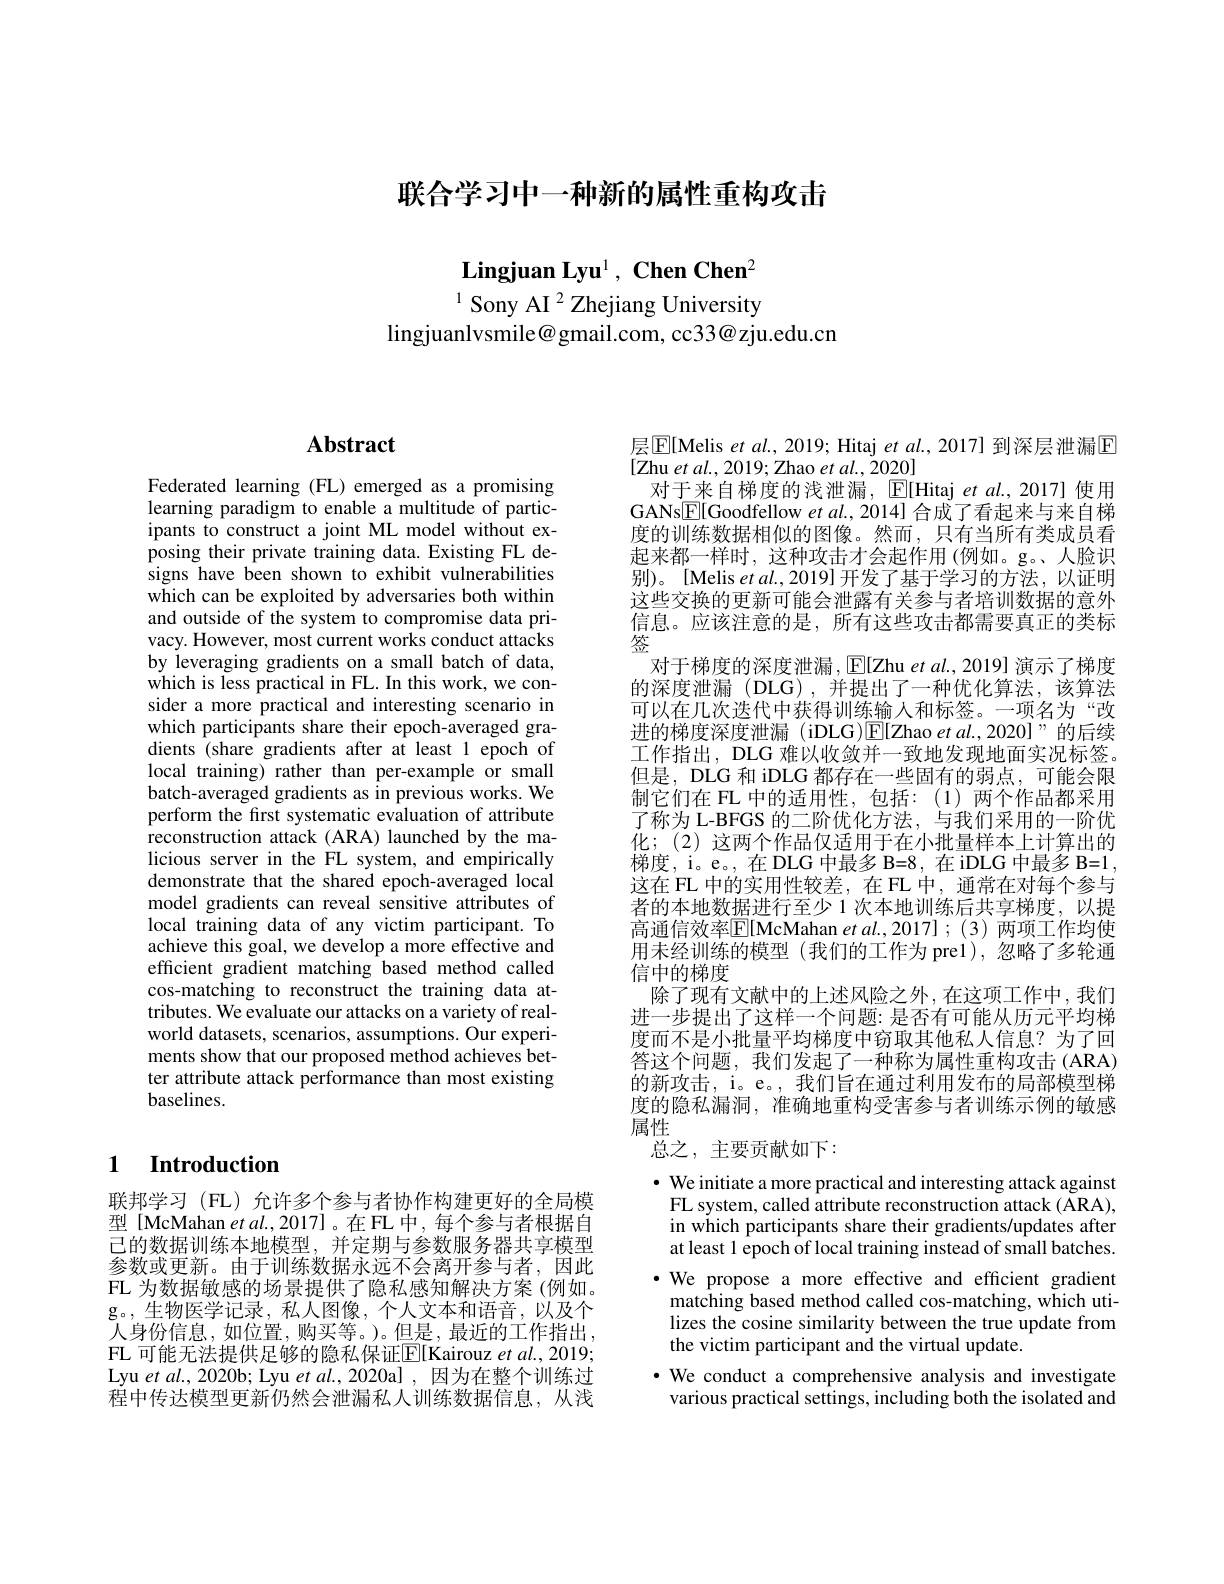
联合学习中一种新的属性重构攻击

$\textbf{Lingjuan Lyu}^1,\textbf{ Chen Chen}^2$

$^{1}$ Sony AI $^{2}$ Zhejiang University
lingjuanlvsmile@gmail.com, cc33@zju.edu.cn

# Abstract

Federated learning (FL) emerged as a promising learning paradigm to enable a multitude of participants to construct a joint ML model without exposing their private training data. Existing FL designs have been shown to exhibit vulnerabilities which can be exploited by adversaries both within and outside of the system to compromise data privacy. However, most current works conduct attacks by leveraging gradients on a small batch of data, which is less practical in FL. In this work, we consider a more practical and interesting scenario in which participants share their epoch-averaged gradients (share gradients after at least 1 epoch of local training) rather than per-example or small batch-averaged gradients as in previous works. We perform the first systematic evaluation of attribute reconstruction attack (ARA) launched by the malicious server in the FL system, and empirically demonstrate that the shared epoch-averaged local model gradients can reveal sensitive attributes of local training data of any victim participant. To achieve this goal, we develop a more effective and efficient gradient matching based method called cos-matching to reconstruct the training data attributes. We evaluate our attacks on a variety of realworld datasets, scenarios, assumptions. Our experiments show that our proposed method achieves better attribute attack performance than most existing baselines.

## 1 Introduction

联邦学习(FL)允许多个参与者协作构建更好的全局模型 [McMahan et al., 2017]。在 FL 中，每个参与者根据自已的数据训练本地模型，并定期与参数服务器共享模型参数或更新。由于训练数据永远不会离开参与者，因此FL 为数据敏感的场景提供了隐私感知解决方案 (例如。g。,生物医学记录，私人图像，个人文本和语音，以及个人身份信息，如位置，购买等。)。但是，最近的工作指出， FL 可能无法提供足够的隐私保证$\mathbb{E}[$Kairouz et al., 2019; Lyu $etal.,2020$b; Lyu $etal.,2020$al ,因为在整个训练过$\dot{\text{程中传达模型更新仍然会泄漏私人训练数据信息，从浅}}$

层$\boxed{\mathrm{E}}[$Melis et al., 2019; Hitaj et al., 2017] 到深层泄漏$\boxed{\mathrm{E}}$
[Zhu et al., 2019; Zhao et al., 2020]
对于来自梯度的浅泄漏，$\operatorname{E}[$Hitaj et al.,2017] 使用GANs$\boxed{\mathrm{F}}[$Goodfellow et al., 2014] 合成了看起来与来自梯度的训练数据相似的图像。然而，只有当所有类成员看起来都一样时，这种攻击才会起作用(例如。g。、人脸识别)。[Melis et al.,2019]开发了基于学习的方法，以证明这些交换的更新可能会泄露有关参与者培训数据的意外信息。应该注意的是，所有这些攻击都需要真正的类标签
对于梯度的深度泄漏，$\operatorname{E}[$Zhu et al., 2019] 演示了梯度的深度泄漏(DLG),并提出了一种优化算法，该算法可以在几次迭代中获得训练输人和标签。一项名为“改进的梯度深度泄漏(iDLG)$\overline{\mathrm{E}}[$Zhao et al.,2020]”的后续工作指出，DLG 难以收敛并一致地发现地面实况标签。但是，DLG 和 iDLG 都存在一些固有的弱点，可能会限制它们在 FL 中的适用性，包括：(1)两个作品都采用了称为 L-BFGS 的二阶优化方法，与我们采用的一阶优化；(2)这两个作品仅适用于在小批量样本上计算出的梯度，i。e。, 在 DLG 中最多 B=8, 在 iDLG 中最多 B=1, 这在 FL 中的实用性较差，在 FL 中，通常在对每个参与者的本地数据进行至少 1 次本地训练后共享梯度，以提高通信效率$\boxed{\mathrm{F}}[$McMahan $etal.,2017];(3)$ 两项工作均使用未经训练的模型(我们的工作为 pre1),忽略了多轮通信中的梯度
除了现有文献中的上述风险之外，在这项工作中，我们进一步提出了这样一个问题：是否有可能从历元平均梯度而不是小批量平均梯度中窃取其他私人信息？为了回答这个问题，我们发起了一种称为属性重构攻击(ARA) 的新攻击，i。e。,我们旨在通过利用发布的局部模型梯度的隐私漏洞，准确地重构受害参与者训练示例的敏感属性
总之，主要贡献如下：
$\cdot$ We initiate a more practical and interesting attack against

FL system, called attribute reconstruction attack (ARA) in which participants share their gradients/updates after at least 1 epoch of local training instead of small batches.
·We propose a more effective and efficient gradient
matching based method called cos-matching, which utilizes the cosine similarity between the true update from the victim participant and the virtual update.
·We conduct a comprehensive analysis and investigate various practical settings, including both the isolated and